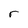
Character: r